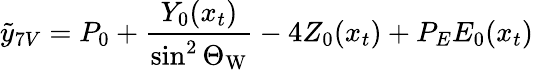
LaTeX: \tilde{y}_{7V}=P_{0}+\frac{Y_{0}(x_{t})}{\sin^{2}\Theta_{\mathrm{W}}}-4Z_{0}(x_{t})+P_{E}E_{0}(x_{t})